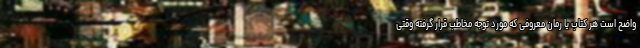
واضح است هر کتاب یا رمان معروفی که مورد توجه مخاطب قرار گرفته وقتی